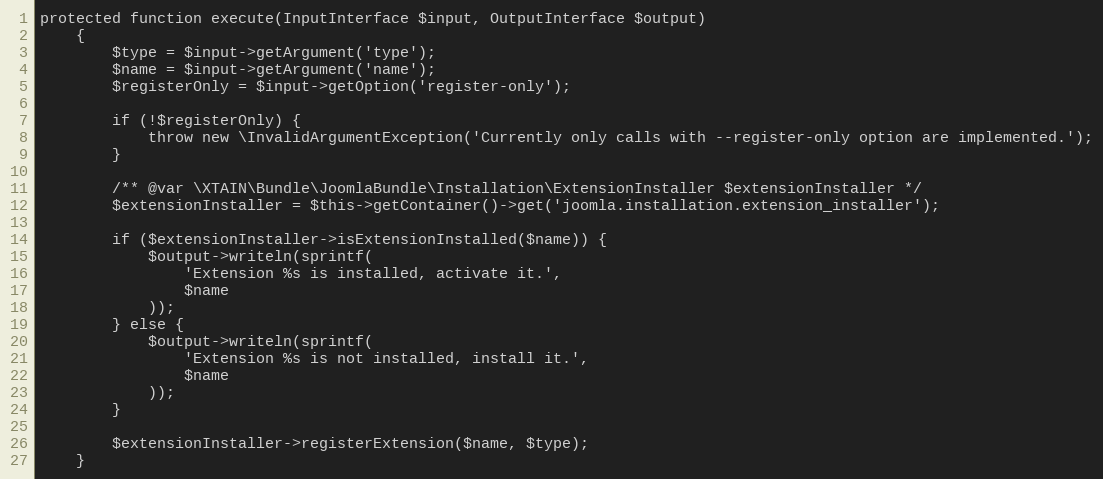
Language: PHP
protected function execute(InputInterface $input, OutputInterface $output)
    {
        $type = $input->getArgument('type');
        $name = $input->getArgument('name');
        $registerOnly = $input->getOption('register-only');

        if (!$registerOnly) {
            throw new \InvalidArgumentException('Currently only calls with --register-only option are implemented.');
        }

        /** @var \XTAIN\Bundle\JoomlaBundle\Installation\ExtensionInstaller $extensionInstaller */
        $extensionInstaller = $this->getContainer()->get('joomla.installation.extension_installer');

        if ($extensionInstaller->isExtensionInstalled($name)) {
            $output->writeln(sprintf(
                'Extension %s is installed, activate it.',
                $name
            ));
        } else {
            $output->writeln(sprintf(
                'Extension %s is not installed, install it.',
                $name
            ));
        }

        $extensionInstaller->registerExtension($name, $type);
    }